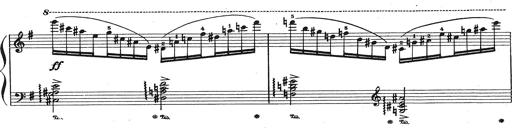
Title: Grosses Konzertsolo
Composer: Franz Liszt